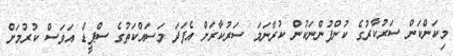
މިކަންކަން ސަރުކާރުގެ ކުންފުންނަކުން ކުރާނަމަ ސަރުކާރަށް އެފަދަ މަސައްކަތުގެ ސްޕީޑް އަވަސް ކުރުމަށް